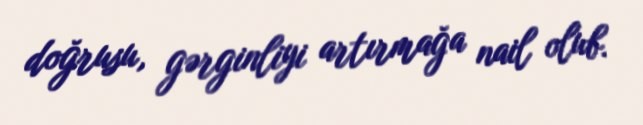
doğrusu, gərginliyi artırmağa nail olub.